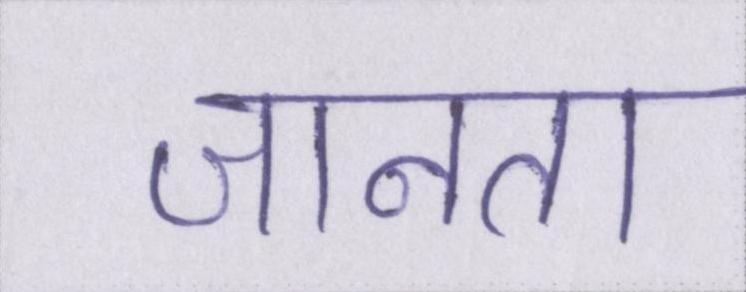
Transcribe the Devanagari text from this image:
जानता